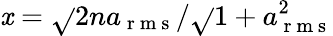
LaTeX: \mathit{x}=\sqrt{}{{2}}na_{\mathrm{{~r~m~s~}}}/\sqrt{}{{1+a_{\mathrm{{~r~m~s~}}}^{2}}}